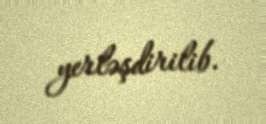
yerləşdirilib.